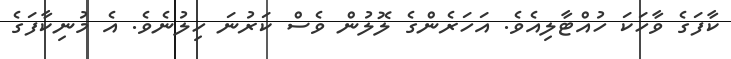
ކާފަގެ ވާހަކަ ހުއްޓާލިއެވެ. އަހަރެންގެ ލޮލުން ވެސް ކަރުނަ ހިލުނެވެ. އެ މުނިކާފަގެ